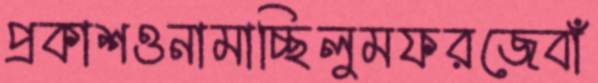
প্রকাশওনামাচ্ছিলুমফরজেবাঁ